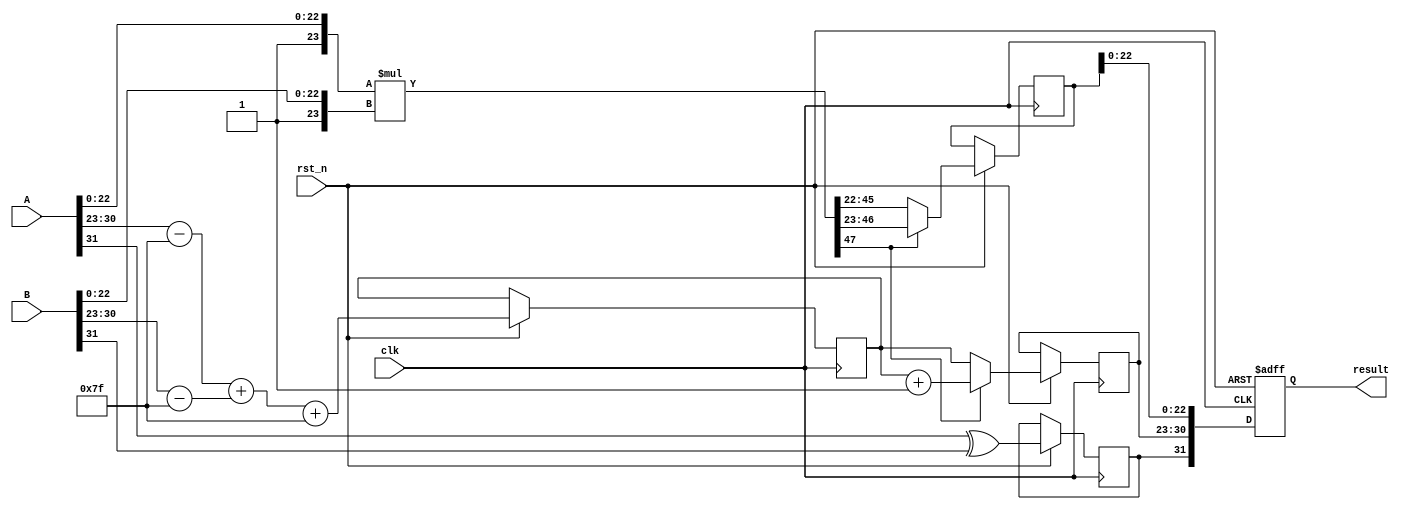
module fp_multiplier (
    input wire clk,
    input wire rst_n,
    input wire [31:0] A, // First floating-point input
    input wire [31:0] B, // Second floating-point input
    output reg [31:0] result // Resulting floating-point output
);

    // Internal signals
    wire sign_A, sign_B;
    wire [7:0] exp_A, exp_B;
    wire [22:0] mant_A, mant_B;
    wire [23:0] mant_A_norm, mant_B_norm;
    wire [47:0] mant_product; // Product of mantissas
    reg [7:0] exp_result;
    reg sign_result;
    reg [23:0] mant_result;
    reg [7:0] exp_final;
    reg [23:0] mant_final;

    // Decompose inputs
    assign sign_A = A[31];
    assign exp_A = A[30:23];
    assign mant_A = A[22:0];
    
    assign sign_B = B[31];
    assign exp_B = B[30:23];
    assign mant_B = B[22:0];

    // Normalize mantissas
    assign mant_A_norm = {1'b1, mant_A}; // Add implicit leading 1
    assign mant_B_norm = {1'b1, mant_B}; // Add implicit leading 1

    // Multiply mantissas
    assign mant_product = mant_A_norm * mant_B_norm;

    always @(posedge clk or negedge rst_n) begin
        if (!rst_n) begin
            result <= 32'b0;
        end else begin
            // Calculate the sign of the result
            sign_result <= sign_A ^ sign_B;

            // Calculate the exponent
            exp_result <= (exp_A - 8'd127) + (exp_B - 8'd127) + 8'd127;

            // Normalize the mantissa
            if (mant_product[47]) begin
                // If the product is greater than 1, shift right
                mant_final <= mant_product[46:23]; // Right shift
                exp_final <= exp_result + 1; // Increment exponent
            end else begin
                // If the product is less than 1, normalize it
                mant_final <= mant_product[45:22]; // Right shift
                exp_final <= exp_result; // Keep exponent
            end

            // Assemble the result
            result <= {sign_result, exp_final[7:0], mant_final[22:0]};
        end
    end

endmodule